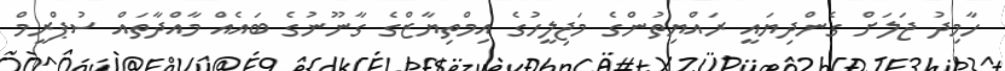
ހާމިދު ޖަލަށް ގެންދިޔައީ ރައްޔިތުންގެ މަޖިލީހުގެ އިމްތިޔާޒްގެ ގާނޫނުގެ ބައެއް މާއްދާތައް ސުޕްރީމް